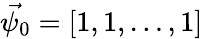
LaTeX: \vec{\psi_{0}}=[1,1,\ldots,1]